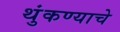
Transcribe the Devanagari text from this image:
थुंकण्याचे